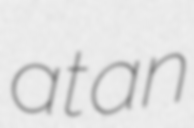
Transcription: at an